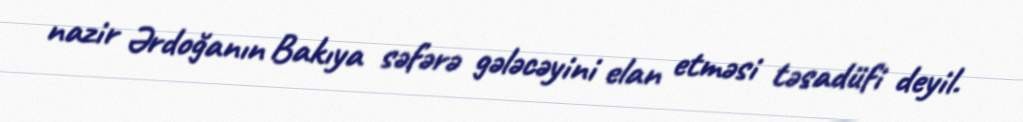
nazir Ərdoğanın Bakıya səfərə gələcəyini elan etməsi təsadüfi deyil.